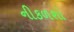
નીકળશો